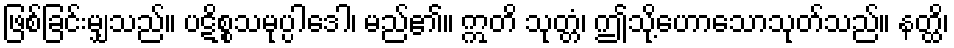
ဖြစ်ခြင်းမျှသည်။ ပဋိစ္စသမုပ္ပါဒေါ၊ မည်၏။ ဣတိ သုတ္တံ၊ ဤသို့ဟောသောသုတ်သည်။ နတ္ထိ၊